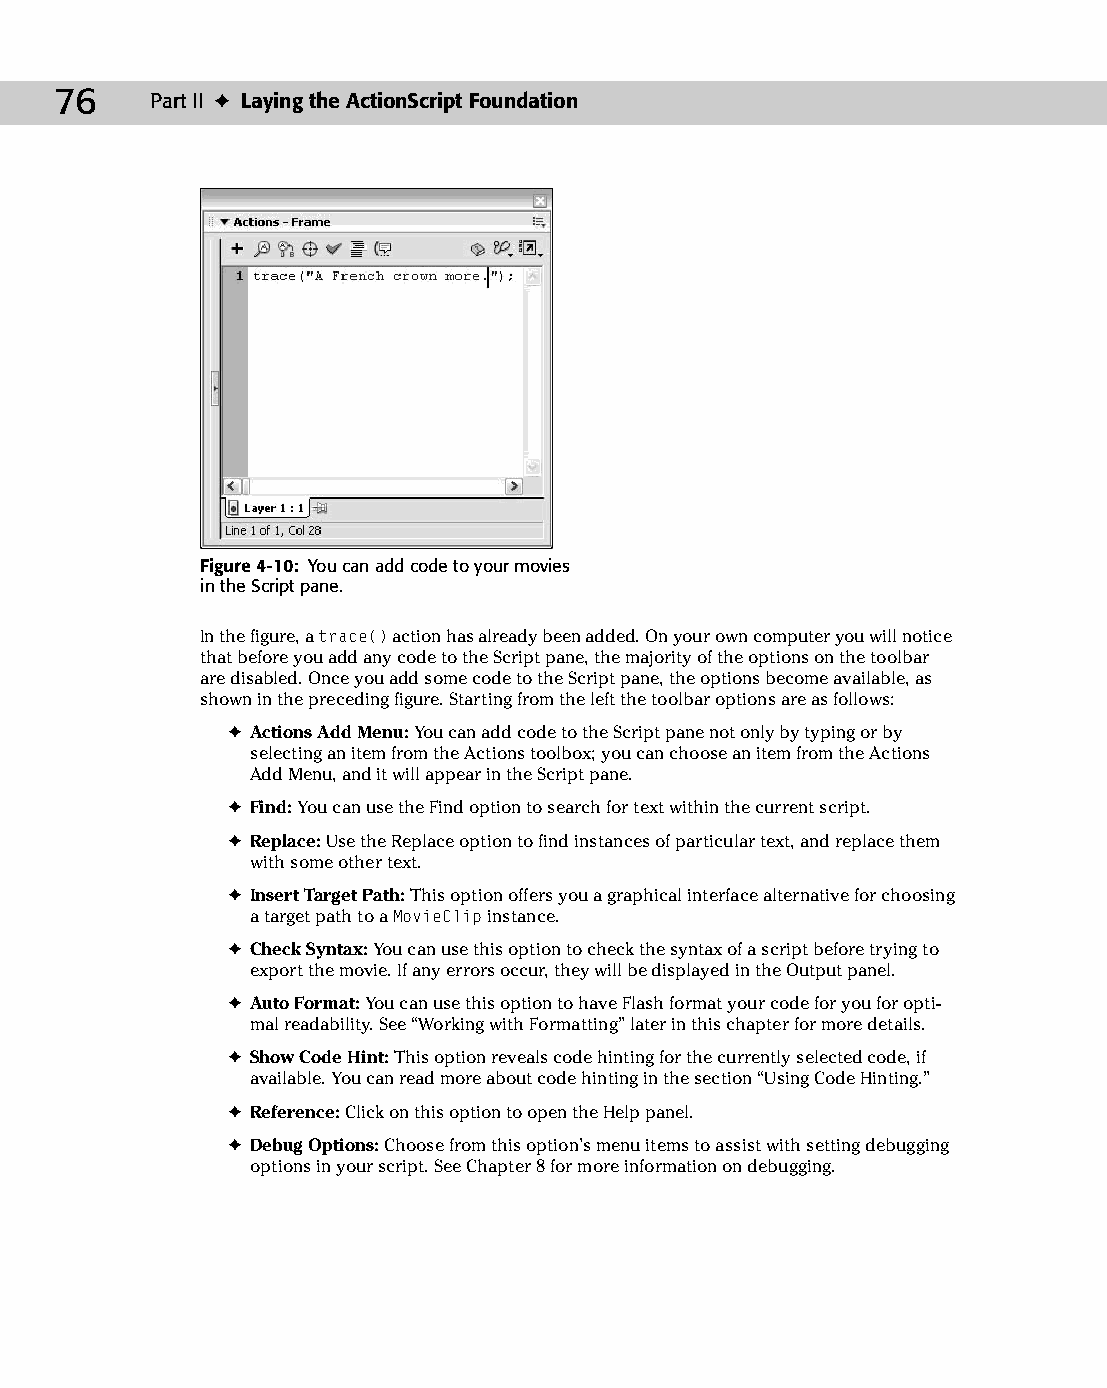
07 543547 ch04.qxd 3/24/04 3:50 PM Page 76
 76    Part II ✦ Laying the ActionScript Foundation
 Figure 4-10: You can add code to your movies
 in the Script pane.
 In the figure, a trace() action has already been added. On your own computer you will notice
 that before you add any code to the Script pane, the majority of the options on the toolbar
 are disabled. Once you add some code to the Script pane, the options become available, as
 shown in the preceding figure. Starting from the left the toolbar options are as follows:
 ✦ Actions Add Menu: You can add code to the Script pane not only by typing or by
 selecting an item from the Actions toolbox; you can choose an item from the Actions
 Add Menu, and it will appear in the Script pane.
 ✦ Find: You can use the Find option to search for text within the current script.
 ✦ Replace: Use the Replace option to find instances of particular text, and replace them
 with some other text.
 ✦ Insert Target Path: This option offers you a graphical interface alternative for choosing
 a target path to a MovieClip instance.
 ✦ Check Syntax: You can use this option to check the syntax of a script before trying to
 export the movie. If any errors occur, they will be displayed in the Output panel.
 ✦ Auto Format: You can use this option to have Flash format your code for you for opti­
 mal readability. See “Working with Formatting” later in this chapter for more details.
 ✦ Show Code Hint: This option reveals code hinting for the currently selected code, if
 available. You can read more about code hinting in the section “Using Code Hinting.”
 ✦ Reference: Click on this option to open the Help panel.
 ✦ Debug Options: Choose from this option’s menu items to assist with setting debugging
 options in your script. See Chapter 8 for more information on debugging.